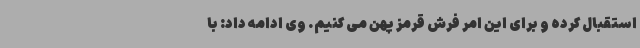
استقبال کرده و برای این امر فرش قرمز پهن می کنیم. وی ادامه داد: با